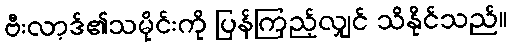
ဗီးလာ့ဒ်၏သမိုင်းကို ပြန်ကြည့်လျှင် သိနိုင်သည်။